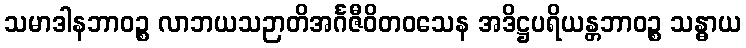
သမာဒါနဘာဝဉ္စ လာဘယသဉာတိအင်္ဂဇီဝိတဝသေန အဒိဋ္ဌပရိယန္တဘာဝဉ္စ သန္ဓာယ